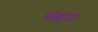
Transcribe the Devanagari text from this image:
पॉइंन्ट